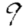
Digit: 9